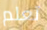
تعلم